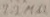
Text: 2.2Ω